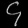
Digit: ၄